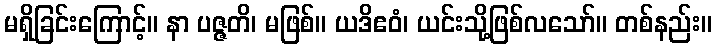
မရှိခြင်းကြောင့်။ နာ ပဇ္ဇတိ၊ မဖြစ်။ ယဒိဧဝံ၊ ယင်းသို့ဖြစ်လသော်။ တစ်နည်း။